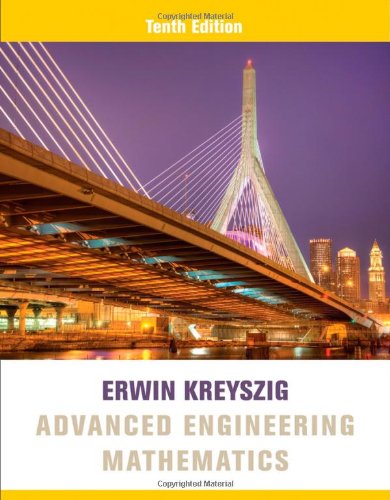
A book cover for Advanced Engineering Mathematics; Erwin Kreyszig; Science & Math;